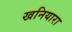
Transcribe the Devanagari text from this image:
खनियारा